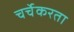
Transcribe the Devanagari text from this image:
चर्चेकरता